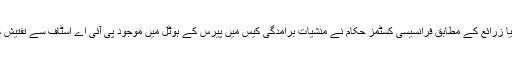
میڈیا زرائع کے مطابق فرانسیسی کسٹمز حکام نے منشیات برآمدگی کیس میں پیرس کے ہوٹل میں موجود پی آئی اے اسٹاف سے تفتیش کی۔